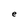
Character: e